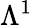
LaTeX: \Lambda^{1}